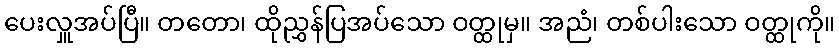
ပေးလှူအပ်ပြီ။ တတော၊ ထိုညွှန်ပြအပ်သော ဝတ္ထုမှ။ အညံ၊ တစ်ပါးသော ဝတ္ထုကို။